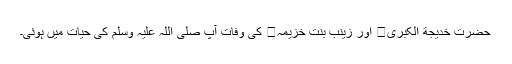
حضرت خدیجة الکبریٰ اور زینب بنت خزیمہ کی وفات آپ صلی اللہ علیہ وَسلم کی حیات میں ہوئی۔